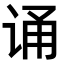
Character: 诵